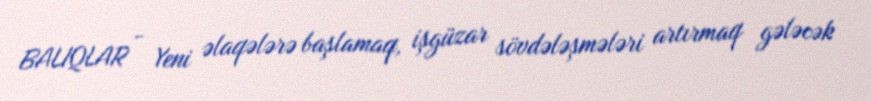
BALIQLAR - Yeni əlaqələrə başlamaq, işgüzar sövdələşmələri artırmaq gələcək